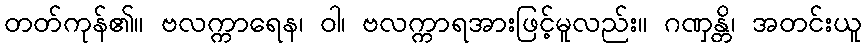
တတ်ကုန်၏။ ဗလက္ကာရေန၊ ဝါ၊ ဗလက္ကာရအားဖြင့်မူလည်း။ ဂဏှန္တိ၊ အတင်းယူ